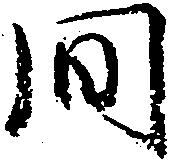
間